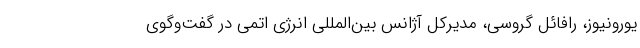
یورونیوز، رافائل گروسی، مدیرکل آژانس بین‌المللی انرژی اتمی در گفت‌وگوی